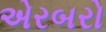
એરબરો